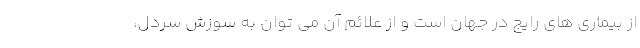
از بیماری های رایج در جهان است و از علائم آن می توان به سوزش سردل،